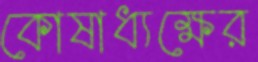
কোষাধ্যক্ষের